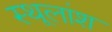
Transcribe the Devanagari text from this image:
स्थूलांश